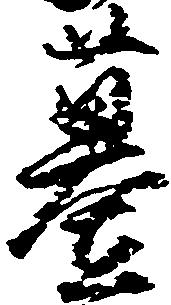
墓